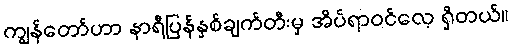
ကျွန်တော်ဟာ နာရီပြန်နှစ်ချက်တီးမှ အိပ်ရာဝင်လေ့ ရှိတယ်။